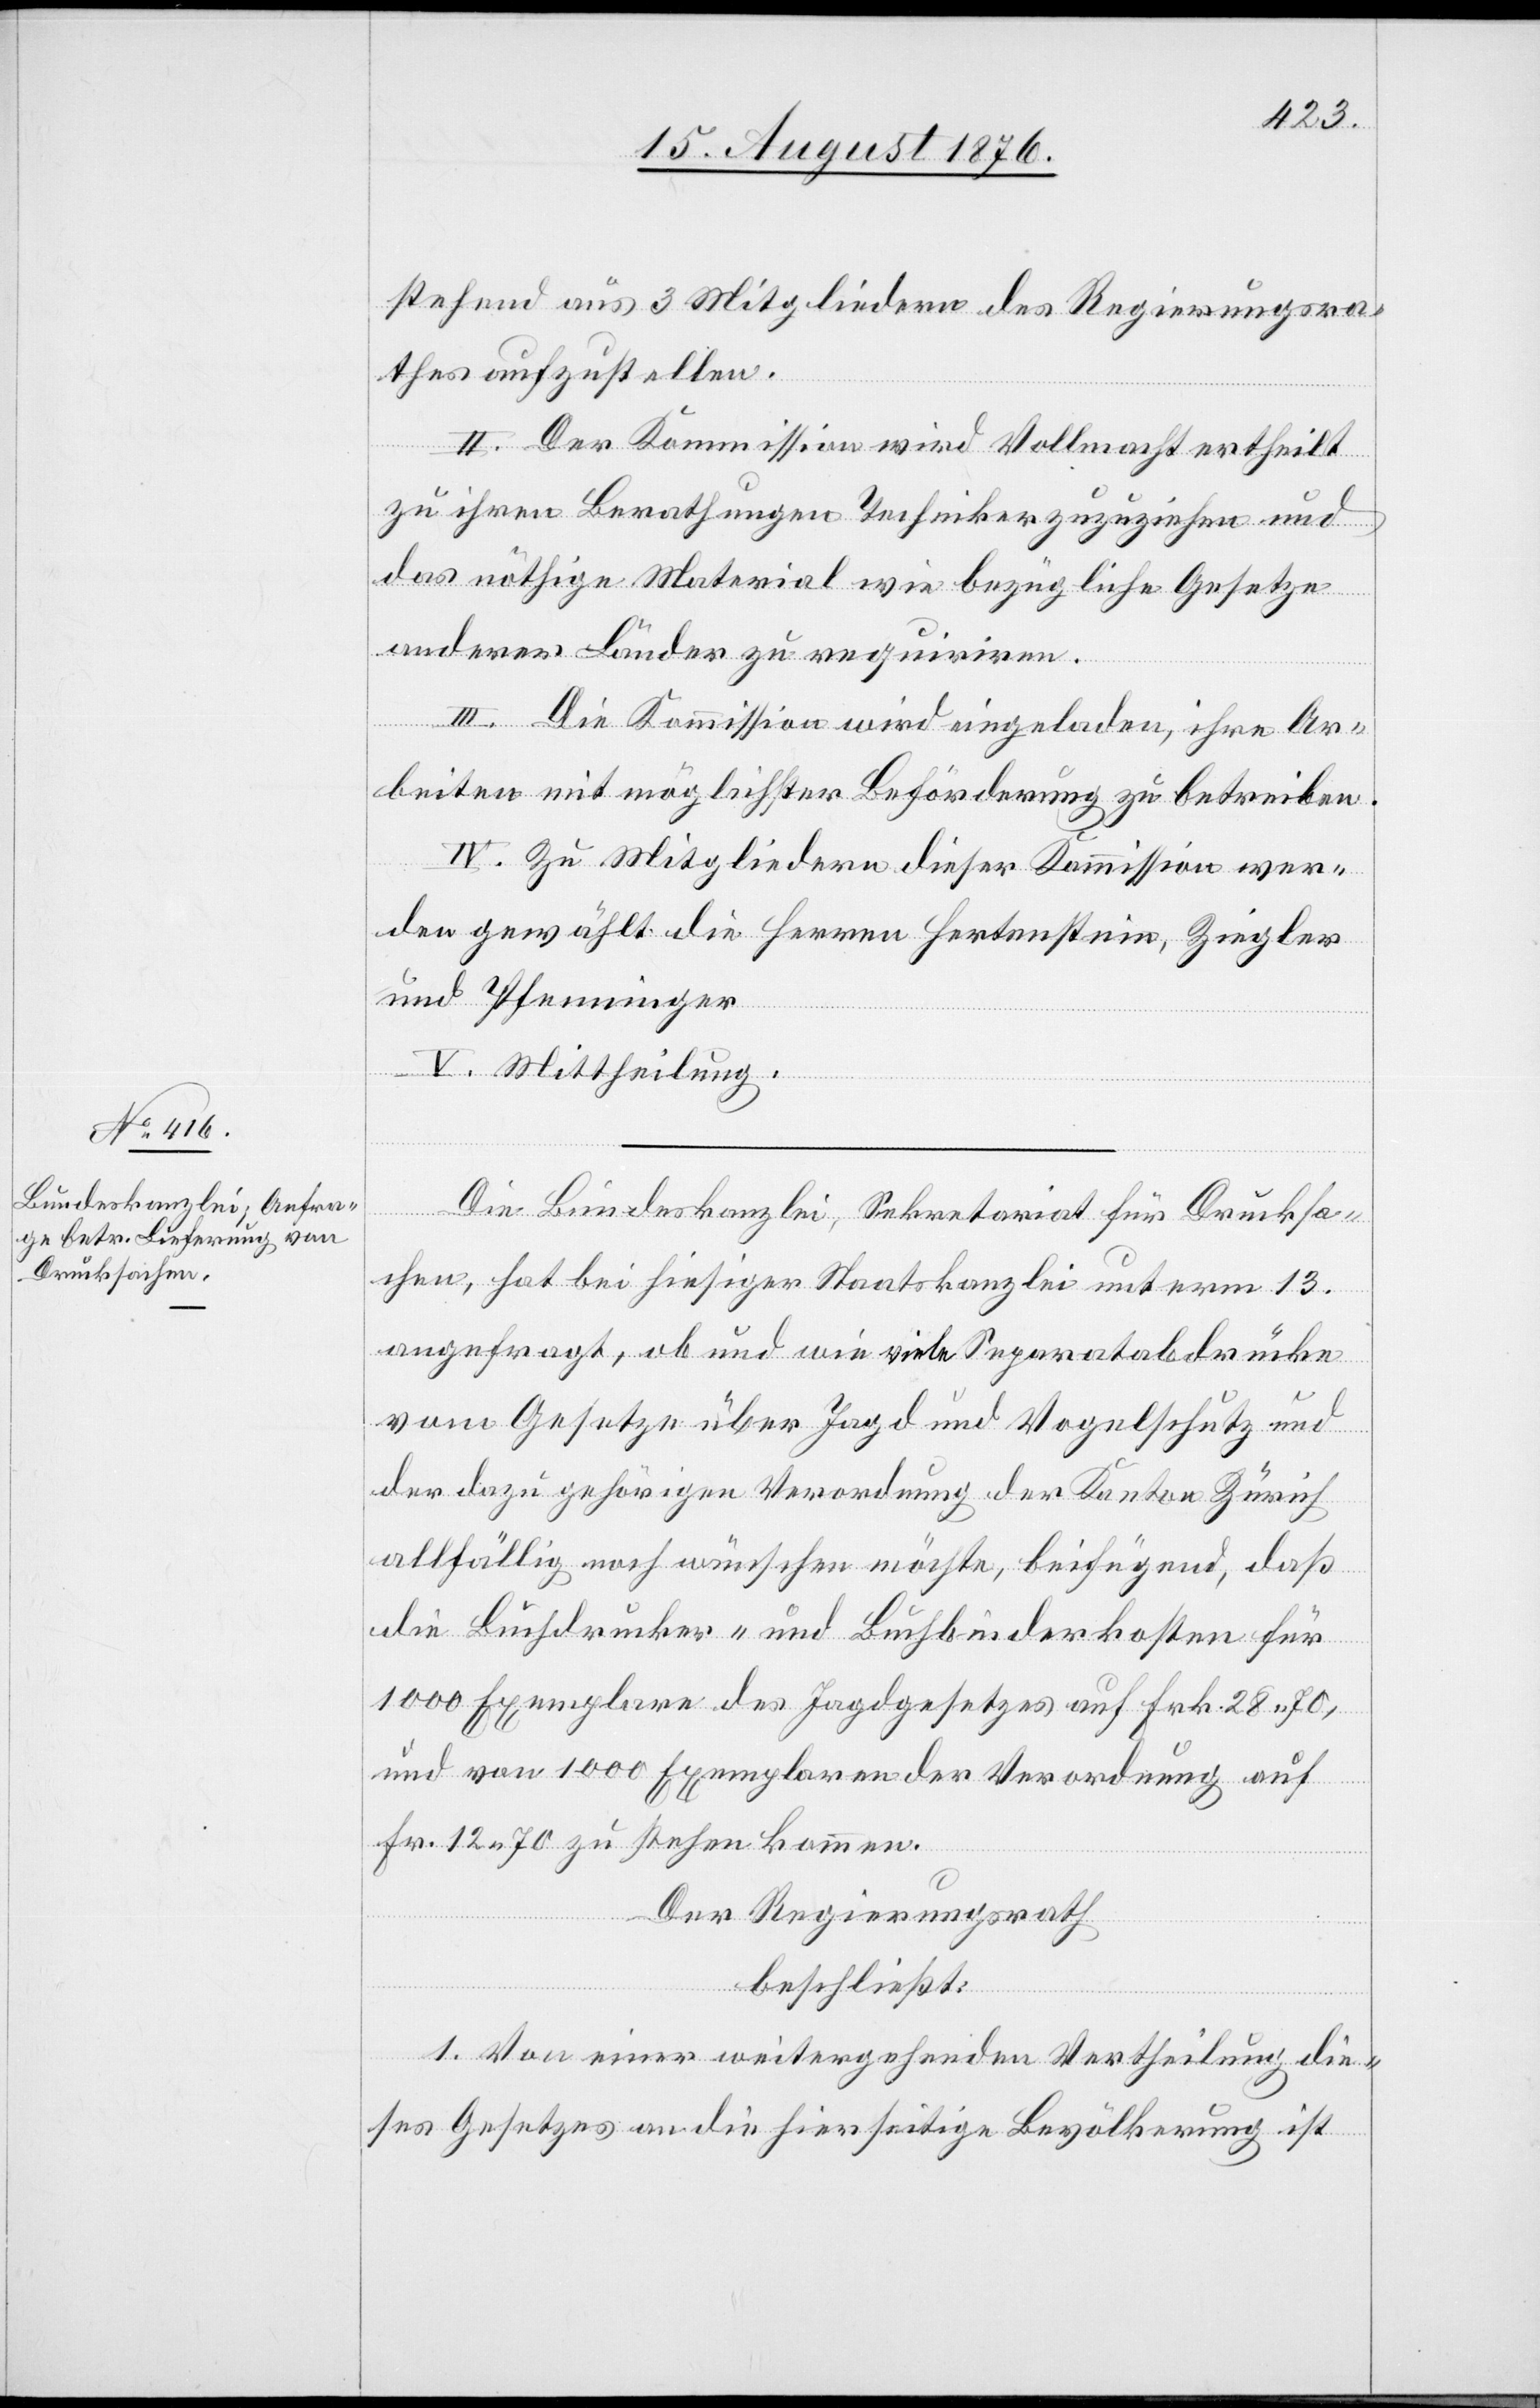
stehend aus 3 Mitgliedern des Regierungsra¬
thes aufzustellen.
II. Der Kommission wird Vollmacht ertheilt
zu ihren Berathungen Techniker zuzuziehen und
das nöthige Material wie bezügliche Gesetze
anderer Länder zu requiriren.
III. Die Kommission wird eingeladen ihre Ar¬
beiten mit möglichster Beförderung zu betreiben.
IV. Zu Mitgliedern dieser Kommission wer¬
den gewählt die Herren Hertenstein, Ziegler
und Pfenninger.
V. Mittheilung.
Die Bundeskanzlei, Sekretariat für Drucksa¬
chen, hat bei hiesiger Staatskanzlei unterm 13.
angefragt, ob und wie viele Separatabdrücke
vom Gesetze über Jagd und Vogelschutz und
der dazu gehörigen Verordnung der Kanton Zürich
allfällig noch wünschen möchte, beifügend, daß
die Buchdrucker- und Buchbinderkosten für
1000 Exemplare des Jagdgesetzes auf Frk 28 70,
und von 1000 Exemplaren der Verordnung auf
Fr. 12 70 zu stehen kommen.
Der Regierungsrath
beschließt:
1. Von einer weitergehenden Vertheilung die¬
ses Gesetzes an die hierseitige Bevölkerung ist